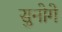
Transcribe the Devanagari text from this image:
सुनोगे